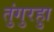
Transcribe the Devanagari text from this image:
तुंगुरहुा